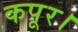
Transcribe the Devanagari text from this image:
कपूर।